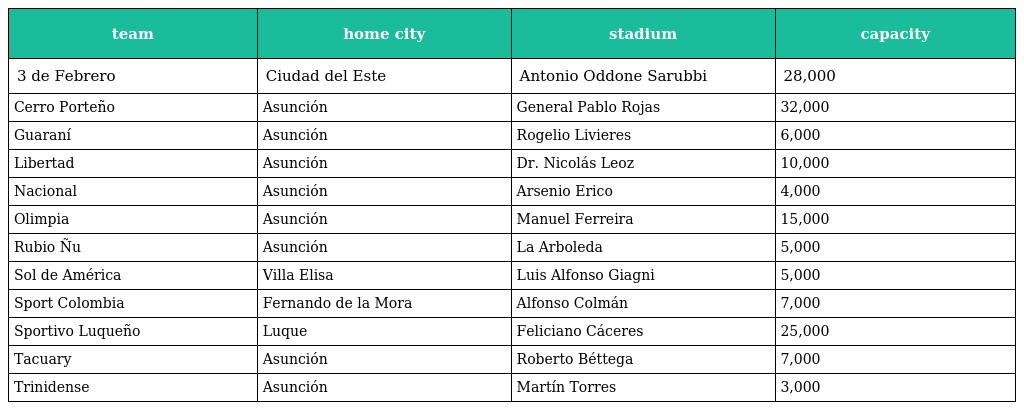
| team | home city | stadium | capacity |
 | --- | --- | --- | --- |
 | 3 de Febrero | Ciudad del Este | Antonio Oddone Sarubbi | 28,000 |
 | Cerro Porteño | Asunción | General Pablo Rojas | 32,000 |
 | Guaraní | Asunción | Rogelio Livieres | 6,000 |
 | Libertad | Asunción | Dr. Nicolás Leoz | 10,000 |
 | Nacional | Asunción | Arsenio Erico | 4,000 |
 | Olimpia | Asunción | Manuel Ferreira | 15,000 |
 | Rubio Ñu | Asunción | La Arboleda | 5,000 |
 | Sol de América | Villa Elisa | Luis Alfonso Giagni | 5,000 |
 | Sport Colombia | Fernando de la Mora | Alfonso Colmán | 7,000 |
 | Sportivo Luqueño | Luque | Feliciano Cáceres | 25,000 |
 | Tacuary | Asunción | Roberto Béttega | 7,000 |
 | Trinidense | Asunción | Martín Torres | 3,000 |